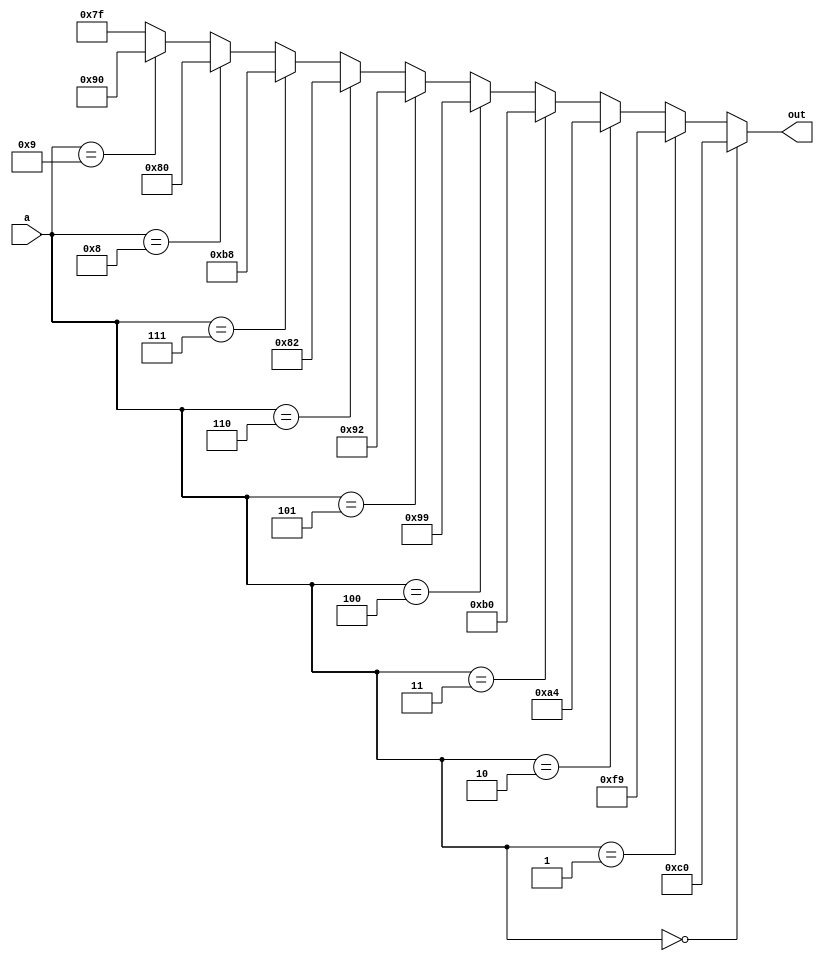
//MODULOS
module BCD7SEG(a,out);
input[3:0] a;
output reg[7:0] out;

//ASIGNACIONES
always@(a)
begin
	//out	 8'bHGFEDCBA
	if(a==0)
		out=8'b1100_0000;
	else if(a==1)
		out=8'b1111_1001;
	else if(a==2)
		out=8'b1010_0100;
	else if(a==3)
		out=8'b1011_0000;
	else if(a==4)
		out=8'b1001_1001;
	else if(a==5)
		out=8'b1001_0010;
	else if(a==6)
		out=8'b1000_0010;
	else if(a==7)
		out=8'b1011_1000;
	else if(a==8)
		out=8'b1000_0000;
	else if(a==9)
		out=8'b1001_0000;
	else
		out=8'b0111_1111;
end
endmodule